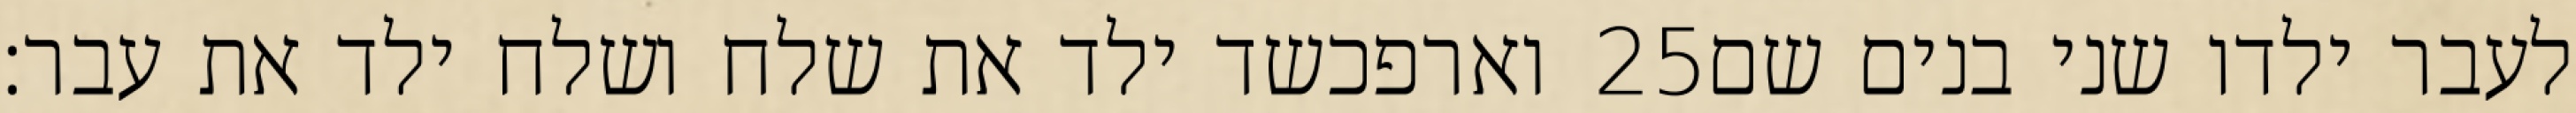
וארפכשד ילד את שלח ושלח ילד את עבר׃ ‎25‏ לעבר ילדו שני בנים שם